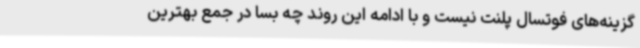
گزینه‌های فوتسال پلنت نیست و با ادامه این روند چه بسا در جمع بهترین